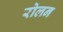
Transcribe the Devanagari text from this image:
रोलन